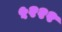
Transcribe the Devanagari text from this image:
५२२२